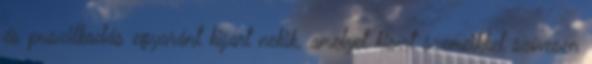
és puszilkodás egyaránt kijárt nekik, amelyet kisírt szemeikkel szívesen